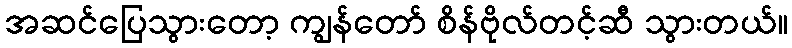
အဆင်ပြေသွားတော့ ကျွန်တော် စိန်ဗိုလ်တင့်ဆီ သွားတယ်။